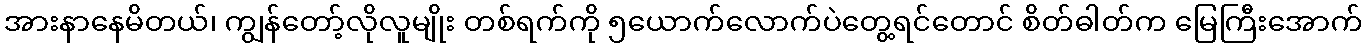
အားနာနေမိတယ်၊ ကျွန်တော့်လိုလူမျိုး တစ်ရက်ကို ၅ယောက်လောက်ပဲတွေ့ရင်တောင် စိတ်ဓါတ်က မြေကြီးအောက်